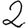
Digit: 2